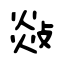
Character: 敥